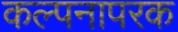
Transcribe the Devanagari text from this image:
कल्पनापरक